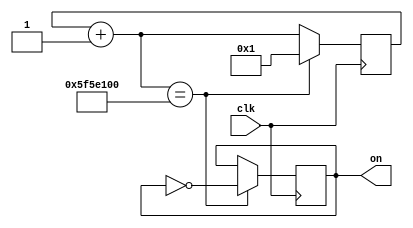
module blink(clk,
             on);
   input clk;
   output reg on = 0;

   reg [63:0] tick = 1;

   always @(posedge clk) begin
      tick = tick + 1;
      if (tick == 100000000) begin
         on <= !on;
         tick <= 1;
      end
   end

endmodule // blink